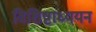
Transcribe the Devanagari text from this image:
विशिष्टाध्ययन